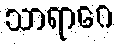
သာရာဂေ